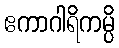
ဧကာဂါရိကမ္ပိ